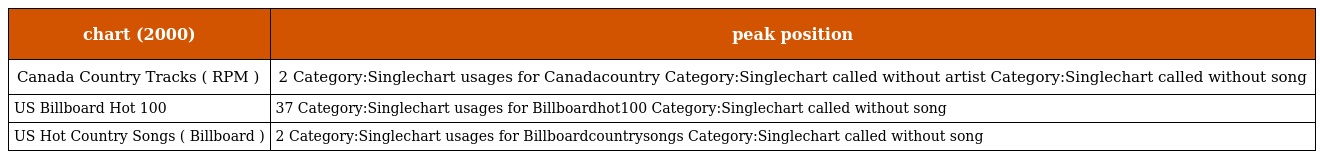
| chart (2000) | peak position |
 | --- | --- |
 | Canada Country Tracks ( RPM ) | 2 Category:Singlechart usages for Canadacountry Category:Singlechart called without artist Category:Singlechart called without song |
 | US Billboard Hot 100 | 37 Category:Singlechart usages for Billboardhot100 Category:Singlechart called without song |
 | US Hot Country Songs ( Billboard ) | 2 Category:Singlechart usages for Billboardcountrysongs Category:Singlechart called without song |